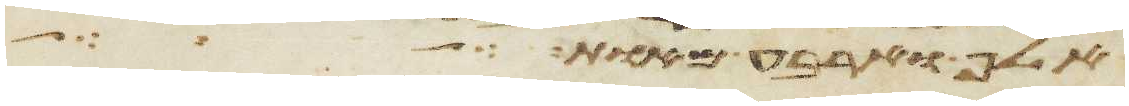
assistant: אלף וארבע מאות כל